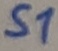
Text: S1